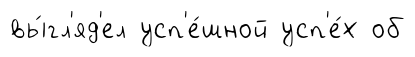
вы́гл'яд'ел усп'е́шной усп'е́х об